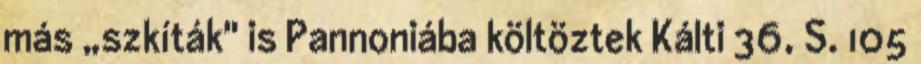
más „szkíták" is Pannoniába költöztek Kálti 36, S. 105